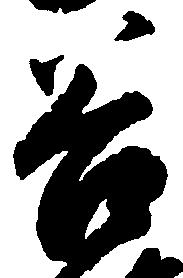
谷